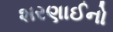
શરણાઈનો